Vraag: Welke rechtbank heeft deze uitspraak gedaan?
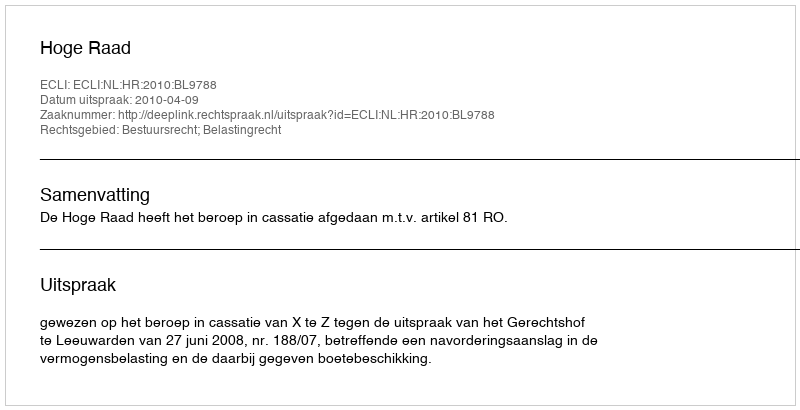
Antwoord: Hoge Raad